Lunatic asylums Central Provinces reports 1874-1885 - 1874-1885
Year: 1874
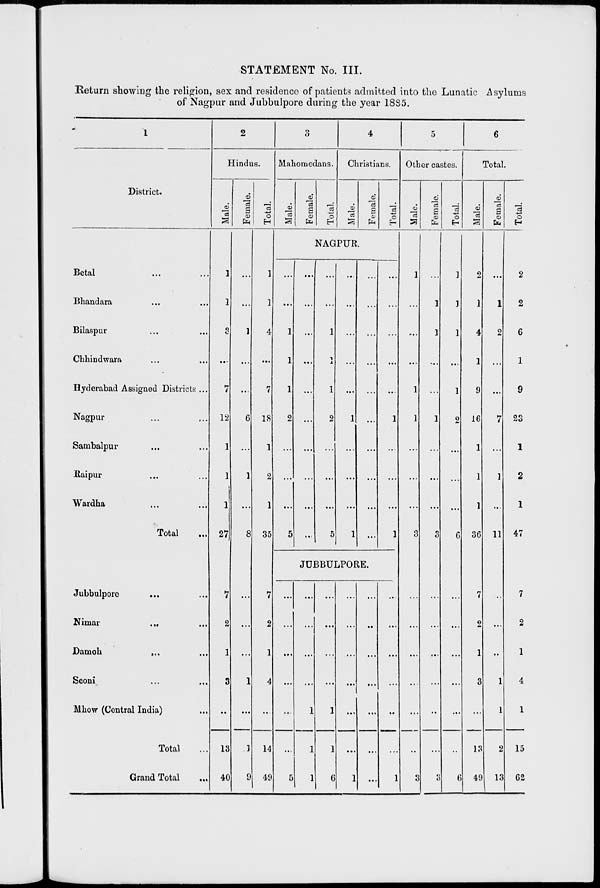
STATEMENT No. III.
Return showing the religion, sex and residence of patients admitted into the Lunatic Asylums
of Nagpur and Jubbulpore during the year 1885.
1
District.
Betal ... ...
Bhandara ... ...
Bilaspur ... ...
Chhindwara ... ...
Hyderabad Assigned Districts ...
Nagpur ... ...
Sambalpur ... ...
Raipur ... ...
Wardha ... ...
Total
Jubbulpore ... ...
Nimar ... ...
Damoh ... ...
Seoni ... ...
Mhow (Central India) ...
Total ...
Grand Total
...
2
Hindus.
Male.
1
1
3
...
7
12
1
1
1
27
7
2
1
3
...
13
40
Female.
...
...
1
...
...
6
...
1
...
8
...
...
...
1
...
1
9
Total.
1
1
4
...
7
18
1
2
1
35
7
2
1
4
...
14
49
3
Mahomedans.
Male.
Female.
Total.
4
Christians.
Male.
Female.
Total.
NAGPUR.
...
...
1
1
1
2
...
...
...
5
....
...
...
...
...
...
...
...
....
...
...
...
1
1
1
2
...
...
...
5
...
...
...
...
...
1
...
...
...
1
...
...
...
...
...
...
...
...
...
...
...
...
...
...
...
1
...
...
...
1
JUBBULPORE.
....
...
...
...
...
...
5
...
...
...
...
1
1
1
...
...
...
...
1
1
6
...
...
...
...
...
...
1
...
...
...
...
...
...
...
...
...
...
...
...
...
1
5
Other castes.
Male.
1
...
...
...
1
1
...
...
...
3
...
...
...
...
...
...
3
Female.
...
1
1
...
...
1
...
...
...
3
...
...
...
...
....
...
3
Total.
1
1
1
...
1
2
...
...
...
6
...
...
...
...
...
...
6
6
Total.
Male.
2
1
4
1
9
16
1
1
1
36
7
2
1
3
...
13
49
Female.
...
1
2
...
...
7
...
1
...
11
...
...
...
1
1
2
13
Total.
2
2
6
1
9
23
1
2
1
47
7
2
1
4
1
15
62